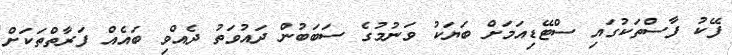
ފޭކު ފާސްތަކުގައި ސްޓޭޑިއަމަށް ބަޔަކު ވަނުމުގެ ސަބަބުން ދައުވަތު ދެއްވި ބައެއް ފަރާތްތަކަށް